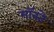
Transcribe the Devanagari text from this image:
मॉनते